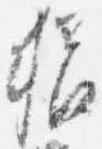
猶